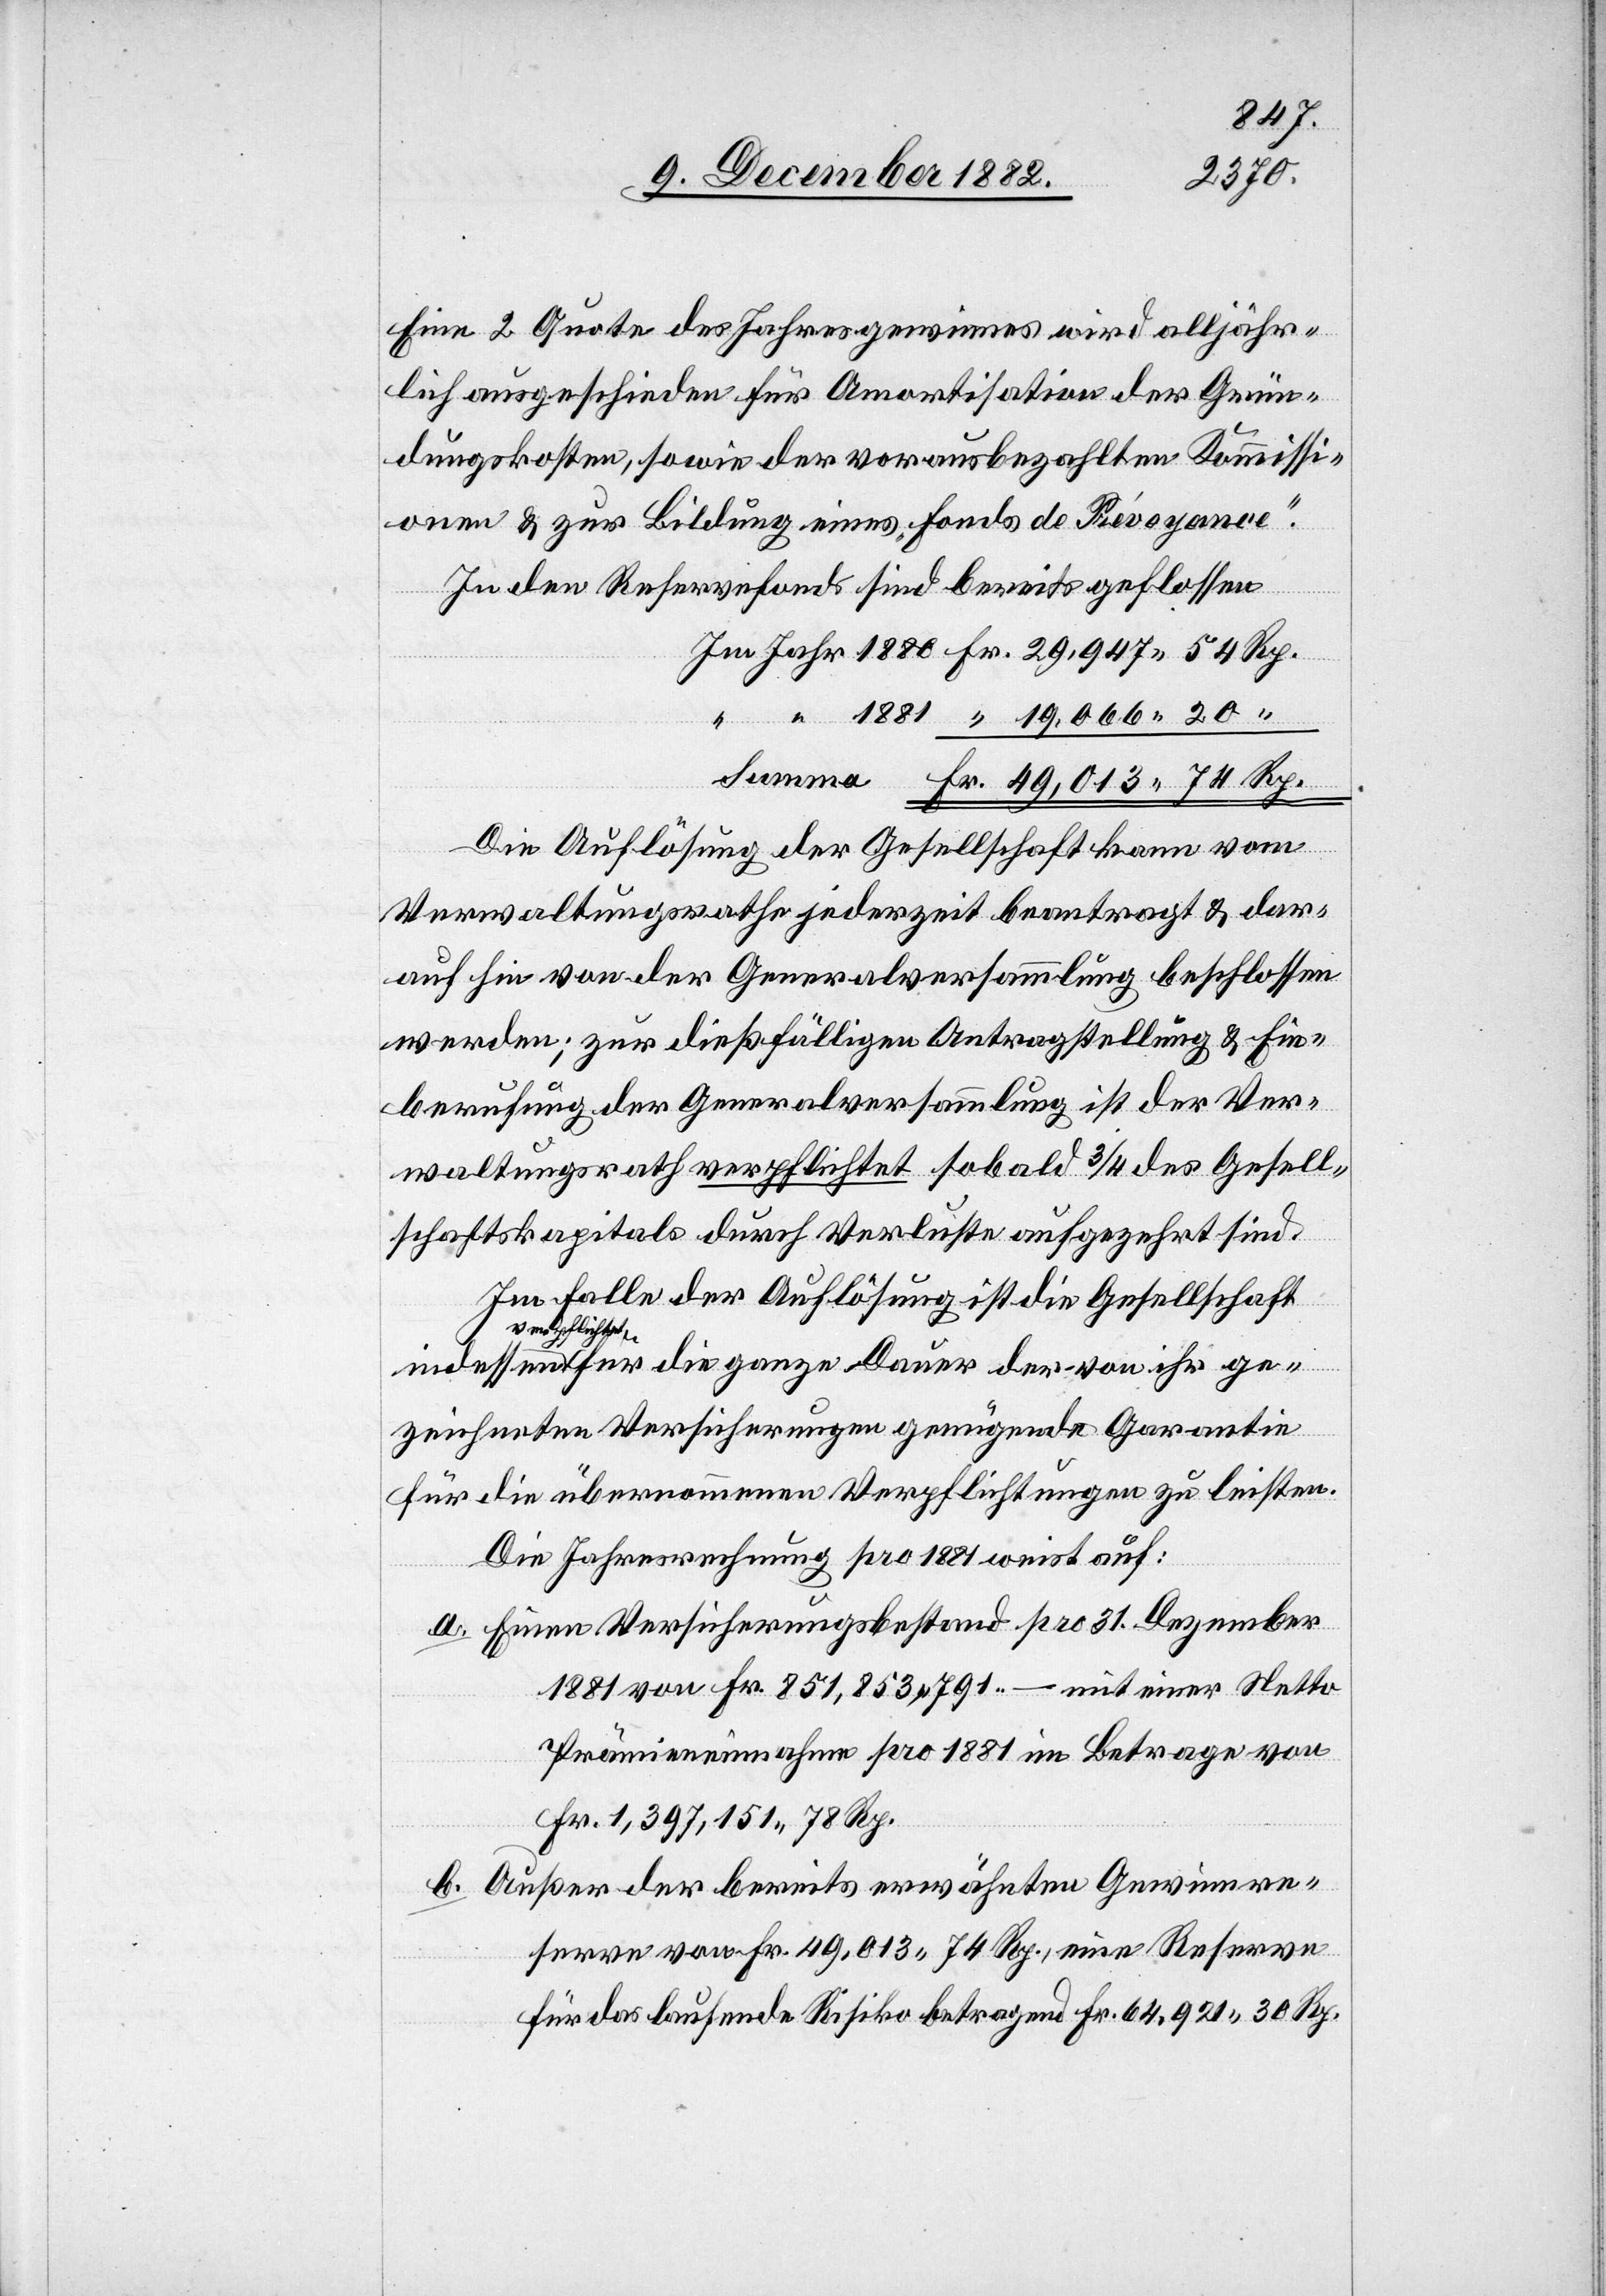
Eine 2. Quote des Jahresgewinnes wird alljähr¬
lich ausgeschieden für Amortisation der Grün¬
dungskosten, sowie der vorausbezahlten Kommissi¬
onen & zur Bildung eines „Fond de Prévoyance“.
In den Reservefonds sind bereits geflossen:
Die Auflösung der Gesellschaft kann vom
Verwaltungsrathe jederzeit beantragt & dar¬
auf hin von der Generalversammlung beschlossen
werden; zur dießfälligen Antragsstellung & Ein¬
berufung der Generalversammlung ist der Ver¬
waltungsrath verpflichtet sobald 3/4 des Gesell¬
schaftskapitals durch Verluste aufgezehrt sind.
Im Falle der Auflösung ist die Gesellschaft
der von ihr ge¬
für
zeichneten Versicherungen genügende Garantie
für die übernommenen Verpflichtungen zu leisten.
Die Jahresrechnung pro 1881 weist auf:
a. Einen Versicherungsbestand pro 31. Dezember
1881 von Fr. 851,853 791.– mit einer Netto
Prämieneinnahme pro 1881 im Betrage von
Fr. 1,397,151 78 Rp.
b. Außer der bereits erwähnten Gewinnre¬
serve von Fr. 49,013 74 Rp., eine Reserve
für das laufende Risiko betragend Fr. 64,921 30 Rp.